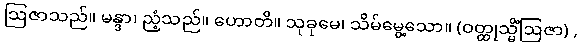
ဩဇာသည်။ မန္ဒာ၊ ညံ့သည်။ ဟောတိ။ သုခုမေ၊ သိမ်မွေ့သော။ (ဝတ္ထုသ္မိံဩဇာ) ,